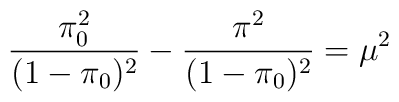
\frac{\pi_0^2}{(1- \pi_0)^2}-\frac{\pi^2}{(1-\pi_0)^2}=\mu^2